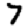
Digit: 7